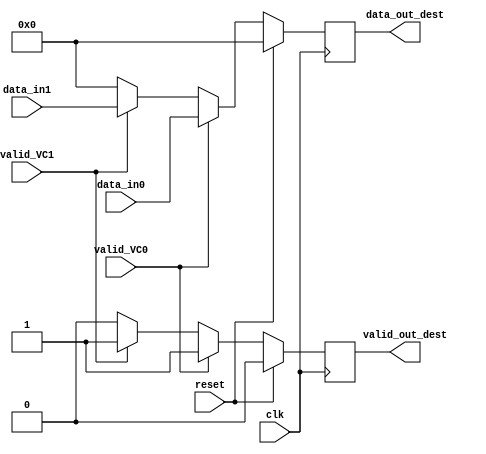
module mux_dst #(parameter BITNUMBER = 6)
		(input clk,
		input reset,
		input [BITNUMBER-1:0] data_in0,
		input [BITNUMBER-1:0] data_in1,
		input valid_VC0,
		input valid_VC1,
		output reg valid_out_dest,
		output reg [BITNUMBER-1:0] data_out_dest);
		
		reg [5:0] ValueHold_Out;
		reg interValidValue;
		

always @(*) begin
	if(valid_VC0) begin
		ValueHold_Out = data_in0;
		interValidValue = valid_VC0;
	end else begin
		if(valid_VC1) begin
			ValueHold_Out= data_in1;
			interValidValue = valid_VC1;
		end else begin
			ValueHold_Out = 0;
			interValidValue = 0;	
		end
	end	
	
end		
	

always @(posedge clk)begin
	if(reset) begin
		data_out_dest <=0;
		valid_out_dest <= 0;
	end else begin
		valid_out_dest <= interValidValue;
		data_out_dest <= ValueHold_Out;
	end
end



endmodule